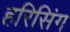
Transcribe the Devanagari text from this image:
हरिसिंग